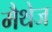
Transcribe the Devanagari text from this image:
मैथेज